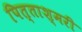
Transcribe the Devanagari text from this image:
पित्ताश्मरी